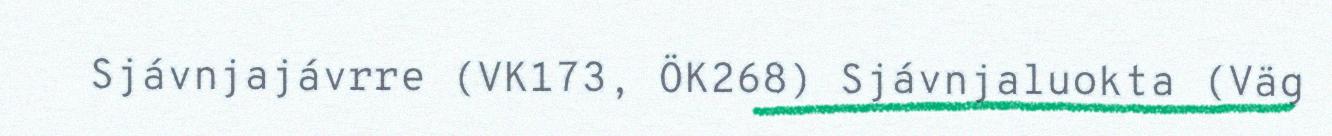
Sjávnjajávrre (VK173, ÖK268) Sjávnjaluokta (Väg